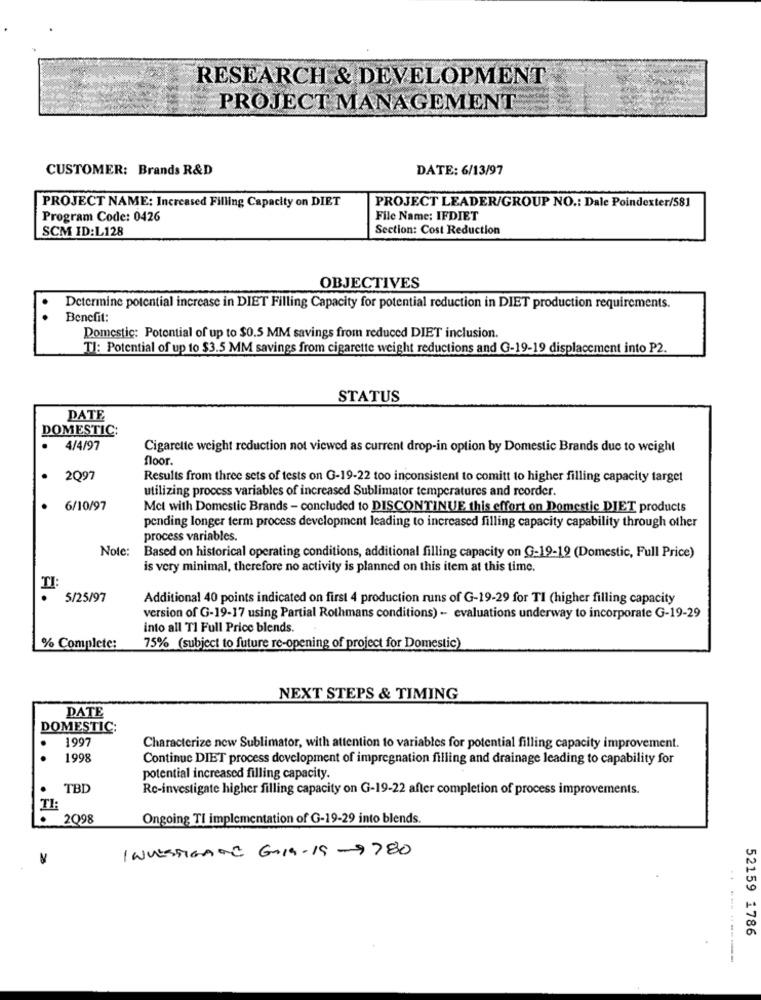
RESEARCH & DEVELOPMENT
PROJECT MANAGEMENT
CUSTOMER: Brands R&D
DATE: 6/13/97
PROJECT NAME: Increased Filling Capacity on DIET
PROJECT LEADER/GROUP NO .: Dale Poindexter/581
Program Code: 0426
File Name: IFDIET
SCM ID:L128
Section: Cost Reduction
OBJECTIVES
Determine potential increase in DIET Filling Capacity for potential reduction in DIET production requirements.
Benefit:
Domestic: Potential of up to $0.5 MM savings from reduced DIET inclusion.
TI: Potential of up to $3.5 MM savings from cigarette weight reductions and G-19-19 displacement into P2.
STATUS
DATE
DOMESTIC:
4/4/97
Cigarette weight reduction not viewed as current drop-in option by Domestic Brands due to weight
Поог.
2Q97
Results from three sets of tests on G-19-22 too inconsistent to comitt to higher filling capacity target
utilizing process variables of increased Sublimator temperatures and reorder.
6/10/97
Mct with Domestic Brands - concluded to DISCONTINUE this effort on Domestic DIET products
pending longer term process development leading to increased filling capacity capability through other
process variables.
Note: Based on historical operating conditions, additional filling capacity on G-19-12 (Domestic, Full Price)
is very minimal, therefore no activity is planned on this item at this time.
II:
.
5/25/97
Additional 40 points indicated on first 4 production runs of G-19-29 for TI (higher filling capacity
version of G-19-17 using Partial Rothmans conditions) - evaluations underway to incorporate G-19-29
into all Tl Full Price blends.
% Complete:
75% (subject to future re-opening of project for Domestic)
NEXT STEPS & TIMING
DATE
DOMESTIC:
1997
Characterize new Sublimator, with attention to variables for potential filling capacity improvement.
1998
Continue DIET process development of impregnation filling and drainage leading to capability for
potential increased filling capacity.
TBD
Rc-investigate higher filling capacity on G-19-22 after completion of process improvements.
TI:
.
2098
Ongoing TI implementation of G-19-29 into blends.
INVESTIGATE GAL9-19-9780
52159 1786
..-- -----